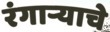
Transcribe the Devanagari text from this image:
रंगाऱ्याचे